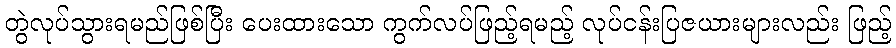
တွဲလုပ်သွားရမည်ဖြစ်ပြီး ပေးထားသော ကွက်လပ်ဖြည့်ရမည့် လုပ်ငန်းပြဇယားများလည်း ဖြည့်